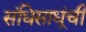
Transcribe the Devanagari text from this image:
संधिसाधूंची